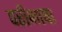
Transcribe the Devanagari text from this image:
परीभाषा